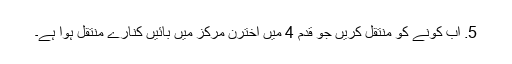
5. اب کونے کو منتقل کریں جو قدم 4 میں اخترن مرکز میں بائیں کنارے منتقل ہوا ہے۔